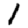
Digit: 1